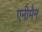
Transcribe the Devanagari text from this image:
एनीमैन